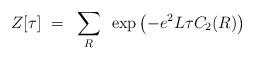
LaTeX: \begin{align*}Z[\tau]~=~\sum_R ~\exp\left(-e^2L\tau C_2(R)\right)\end{align*}